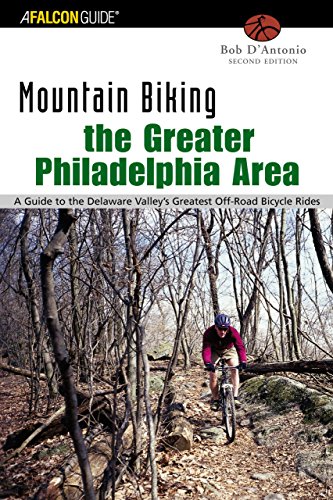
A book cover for Mountain Biking the Greater Philadelphia Area: A Guide To The Delaware Valley's Greatest Off-Road Bicycle Rides (Regional Mountain Biking Series); Bob D'antonio; Travel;